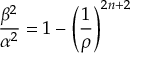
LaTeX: \frac { \beta ^ { 2 } } { \alpha ^ { 2 } } = 1 - \left( \frac { 1 } { \rho } \right) ^ { 2 n + 2 }